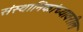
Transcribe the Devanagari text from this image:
संस्थानिकांच्यावरील